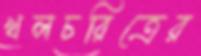
খলচরিত্রের